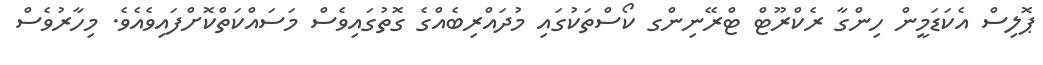
ޕޮލިސް އެކަޑަމީން ހިންގާ ރެކްރޫޓް ޓްރޭނިންގ ކޯސްތަކުގައި މުދައްރިބެއްގެ ގޮތުގައިވެސް މަސައްކަތްކޮށްފައިވެއެވެ. މިހާރުވެސް